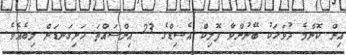
އިން ކޮންމެ ދުވަހަކު ބޭނުންވާ ފޮލިކް އެސިޑްގެ 23 އިންސައްތަ ހަށިގަނޑަށް ލިބެއެވެ.